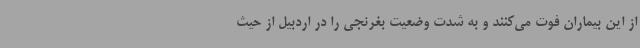
از این بیماران فوت می‌کنند و به شدت وضعیت بغرنجی را در اردبیل از حیث